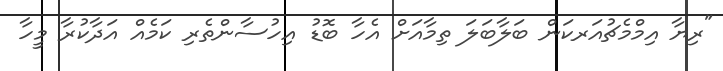
"ރިޔާ އިމްމެޗުއަރކަން ބަލާބަލަ ތިމާއަށް އެހާ ބޮޑު އިހުސާންތެރި ކަމެއް އަދާކުރާ މީހާ